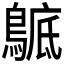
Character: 𪂰